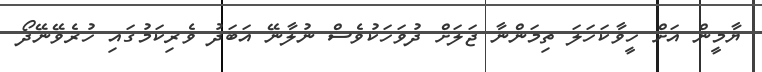
ޔާމީން އަށް ހީވާކަހަލަ ތިމަންނާ ޖަލަށް ދުވަހަކުވެސް ނުލާނޭ އަބަދު ވެރިކަމުގައި ހުރެވޭނޭދޯ